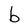
Character: b